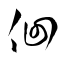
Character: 佪